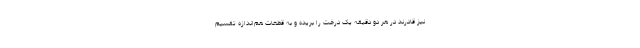
نیز قادرند در هر دو دقیقه یک درخت را بریده و به قطعات هم‌اندازه تقسیم